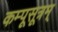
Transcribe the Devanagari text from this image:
कम्पूसूत्रम्